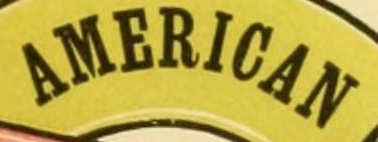
AMERICAN